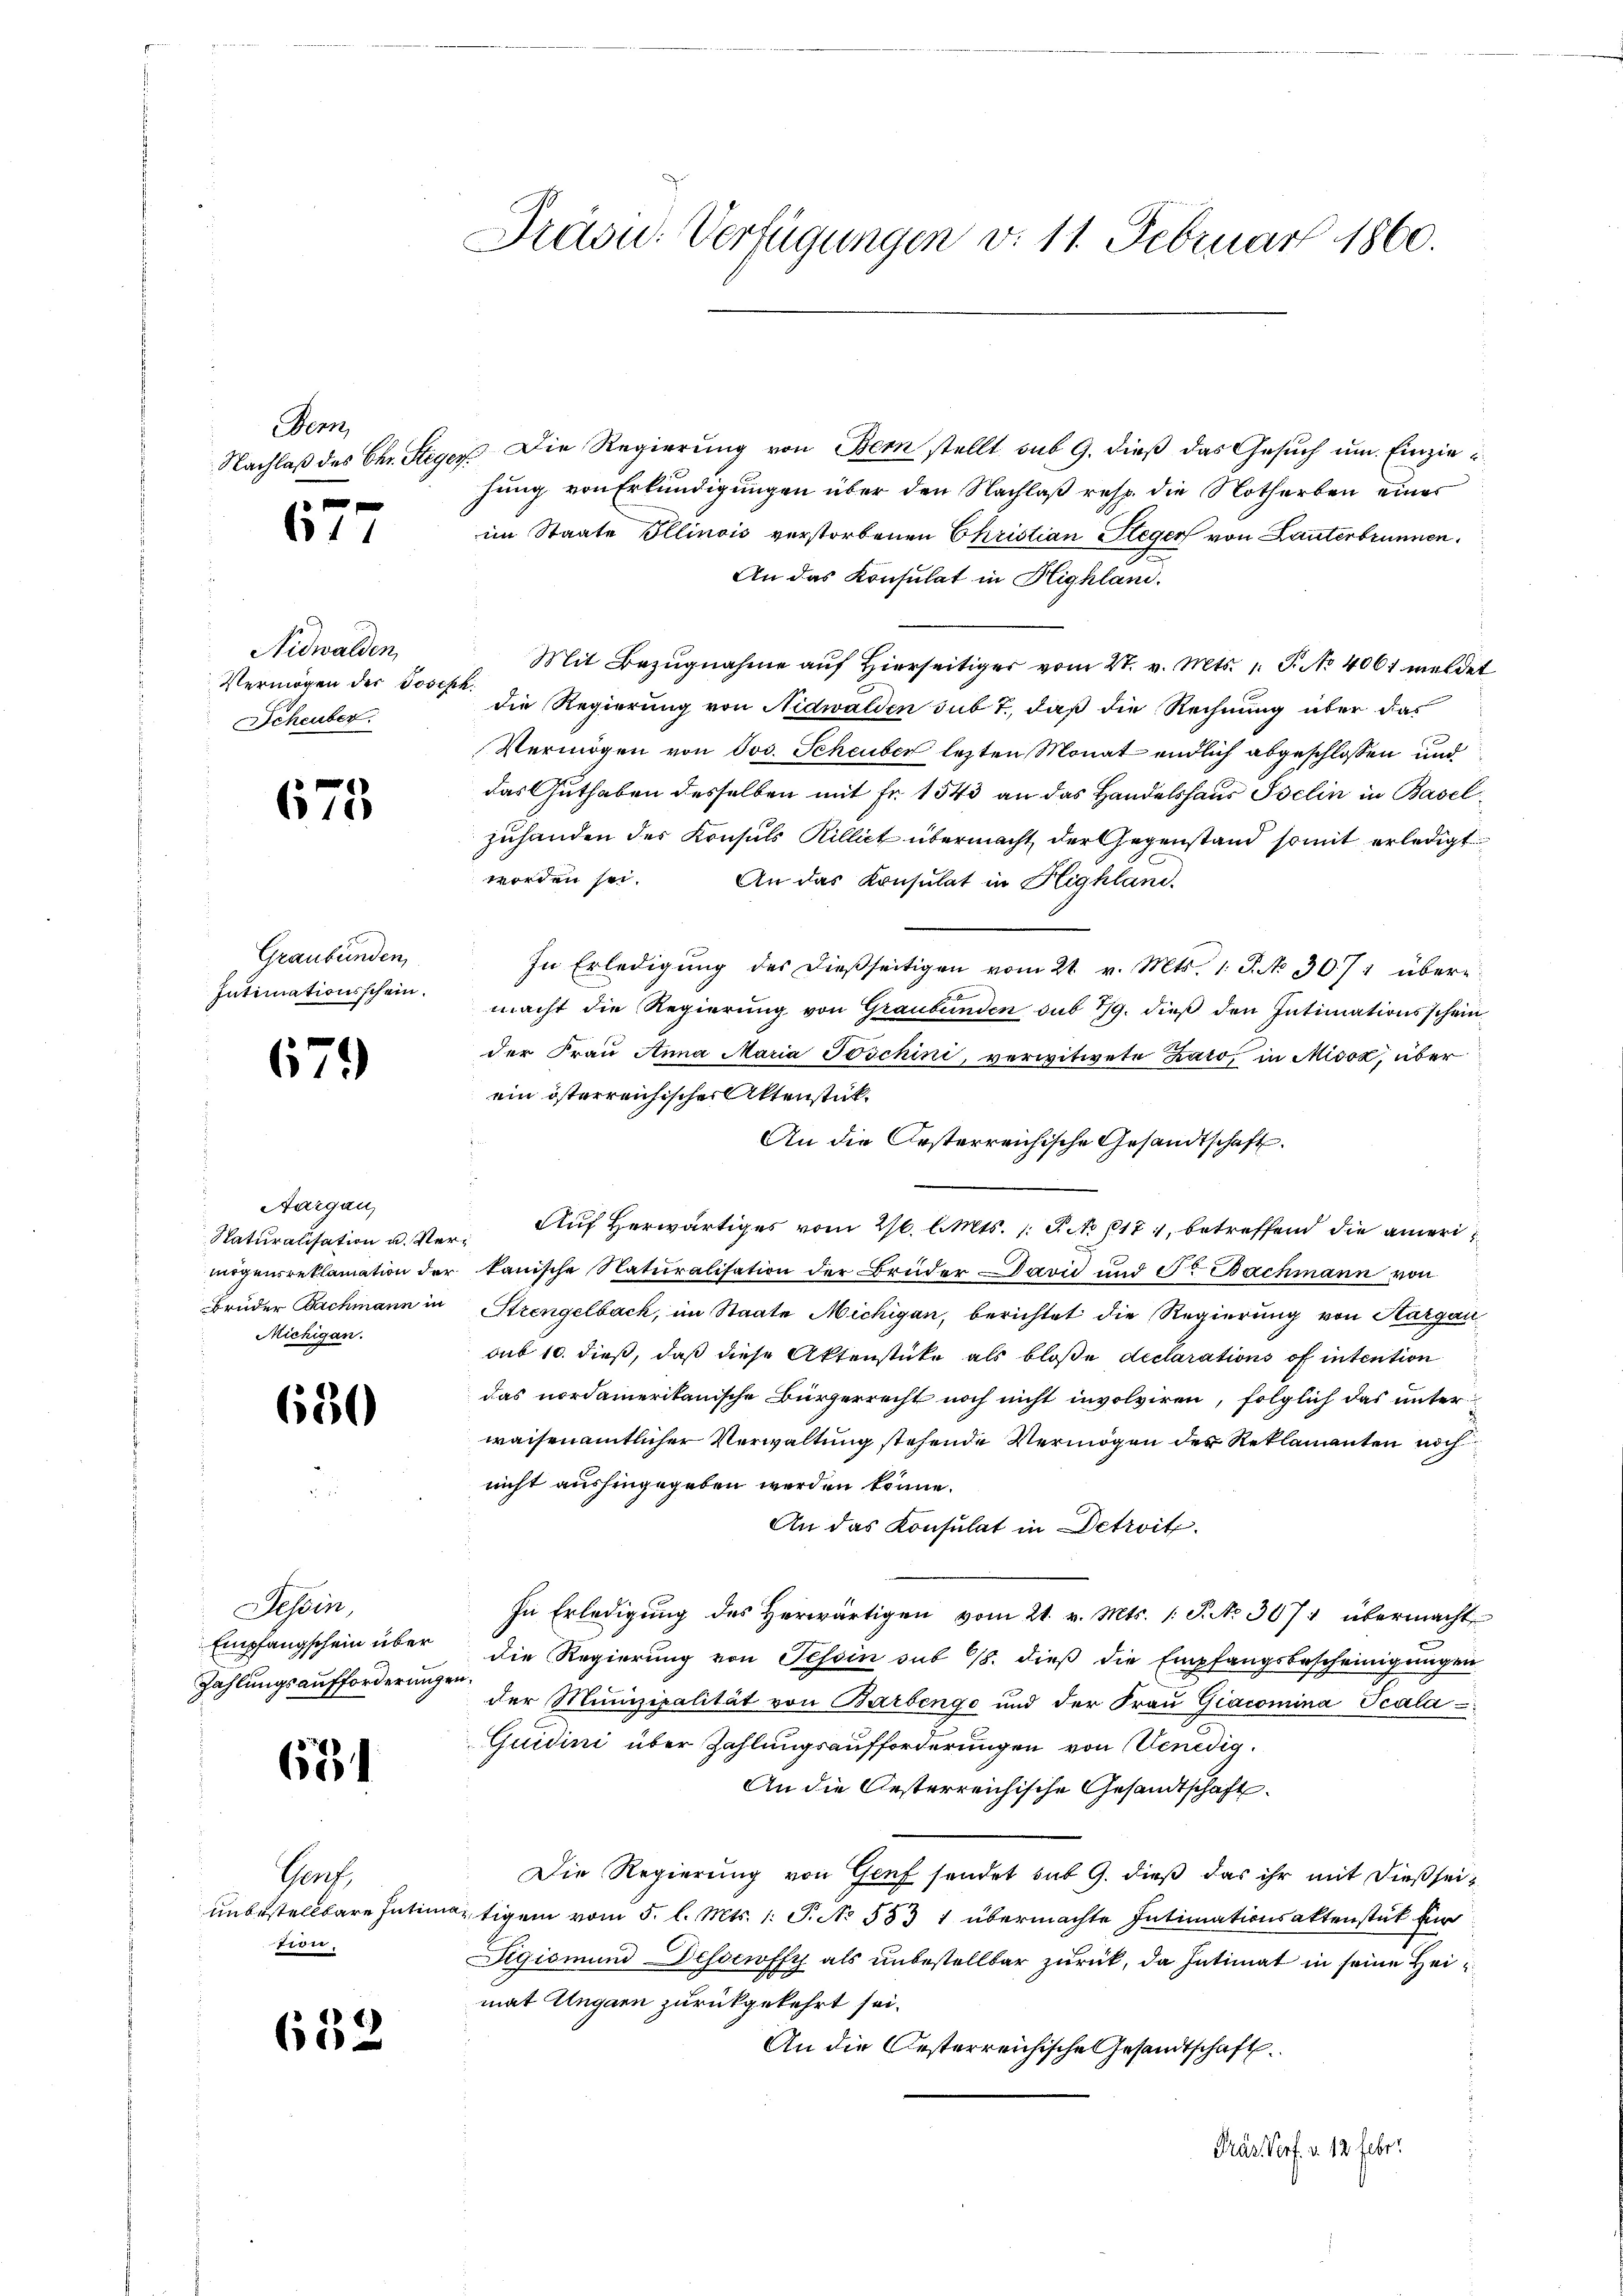
Fenn
0 f 0 x

611

Nidwalden,
Vermögen der Joseph.
Scheuber.

675

Graubünden,
Intimationsschein.

671)

d
Aargau,
Naturalisation u. Ver¬
Michigan.

680

Sessen,
Zahlungsaufforderungen

684

Gent,
n,

652

Präsid. Verfügungen v. 11. Februar 1860.

Nachlaß des Chr. Steger Die Regierung von Bern stellt sub 9. dieß das Gesuch um Einziehung von Erkundigungen über den Nachlaß resp. die Notherben einer
im Staate Illinois verstorbenen Christian Steger von Lauterbrunnen.
An das Konsulat in Highlan.
Mit Bezugnahme auf Hierseitiger vom 27. v. Mts. 1. P. No 406 meldet
die Regierung von Nidwalden sub 7, daß die Rechnung über das
Vermögen von Jos. Scheuber lezten Monat endlich abgeschlossen und
das Guthaben desselben mit Fr. 1543 an das Handelshaus Iselin in Baselzuhanden des Konsuls Rillict übermacht, der Gegenstand somit erledigt
worden sei.
An das Konsulat in Flighland.
In Erledigung des dießseitigen vom 21. v. Mts. 1. P. No. 307 übermacht die Regierŭng von Graubünden sub 7/9. dieβ den Intimationsschein
der Frau Anna Maria Toschini, verwitwete Zato, in Misox, über
ein österreichischer Aktenstük¬
Auf Herwärtiges vom 26. l. Mts. 1. P. No 171, betreffend die amerimögensreklamation der kanische Naturalisation der Brüder David und Fr. Bachmann von
Bruder Bachmann in Strengelbach, im Staate Michigan, berichtet die Regierung von Aargau
sub 10. dieß, daß diese Aktenstücke als bloße declarations of intention
das nordamerikanische Bürgerrecht noch nicht involviren, folglich das unter
waisenamtlicher Verwaltung stehende Vermögen der Reklamanten noch
nicht aushingegeben werden könne.
An das Konsulat in Detroit.
In Erledigŭng des herwärtigen vom 21. v. Mts. 1 S. No 307 übermacht
Empfangschein über die Regierŭng von Tessin sub 18. dieβ die Empfangsbescheinigŭngen
der Munizipalität von Barbenge und der Fraŭ Giacomina Scala
Quidini über Zahlungsaufforderungen von Venedig
An die Gesterreichische Gesandtschaft.
Die Regierung von Genf sendet sub 9. dieß das ihr mit dießseiunbestellbare Intimistigem vom 5. l. Mts. 1. P. No 553 1 übermachte Intimationsaktenstück für
Sigismund Dessewffy als unbestellbar zurück, da Intimat in seine Heimat Ungarn zurückgekehrt sei.
An die Oesterreichische Gesandtschaft.
Prästorf. v. 12 febr.

An die Ersterreichische Gesandtschaft.